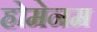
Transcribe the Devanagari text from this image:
होमेनम